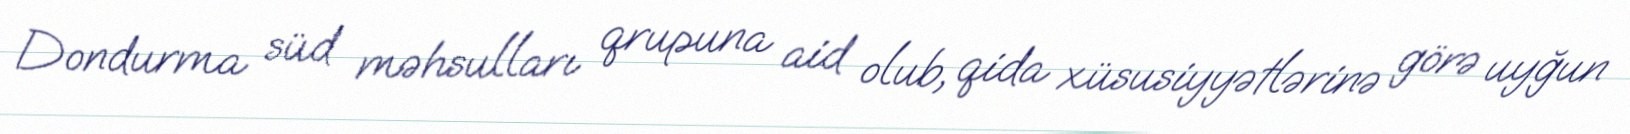
Dondurma süd məhsulları qrupuna aid olub, qida xüsusiyyətlərinə görə uyğun